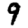
Digit: 9